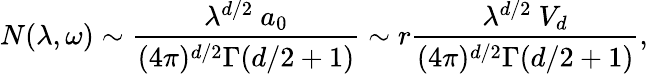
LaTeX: N(\lambda,\omega)\sim{\frac{\lambda^{d/2}~a_{0}}{(4\pi)^{d/2}\Gamma(d/2+1)}}\sim r{\frac{\lambda^{d/2}~V_{d}}{(4\pi)^{d/2}\Gamma(d/2+1)}},